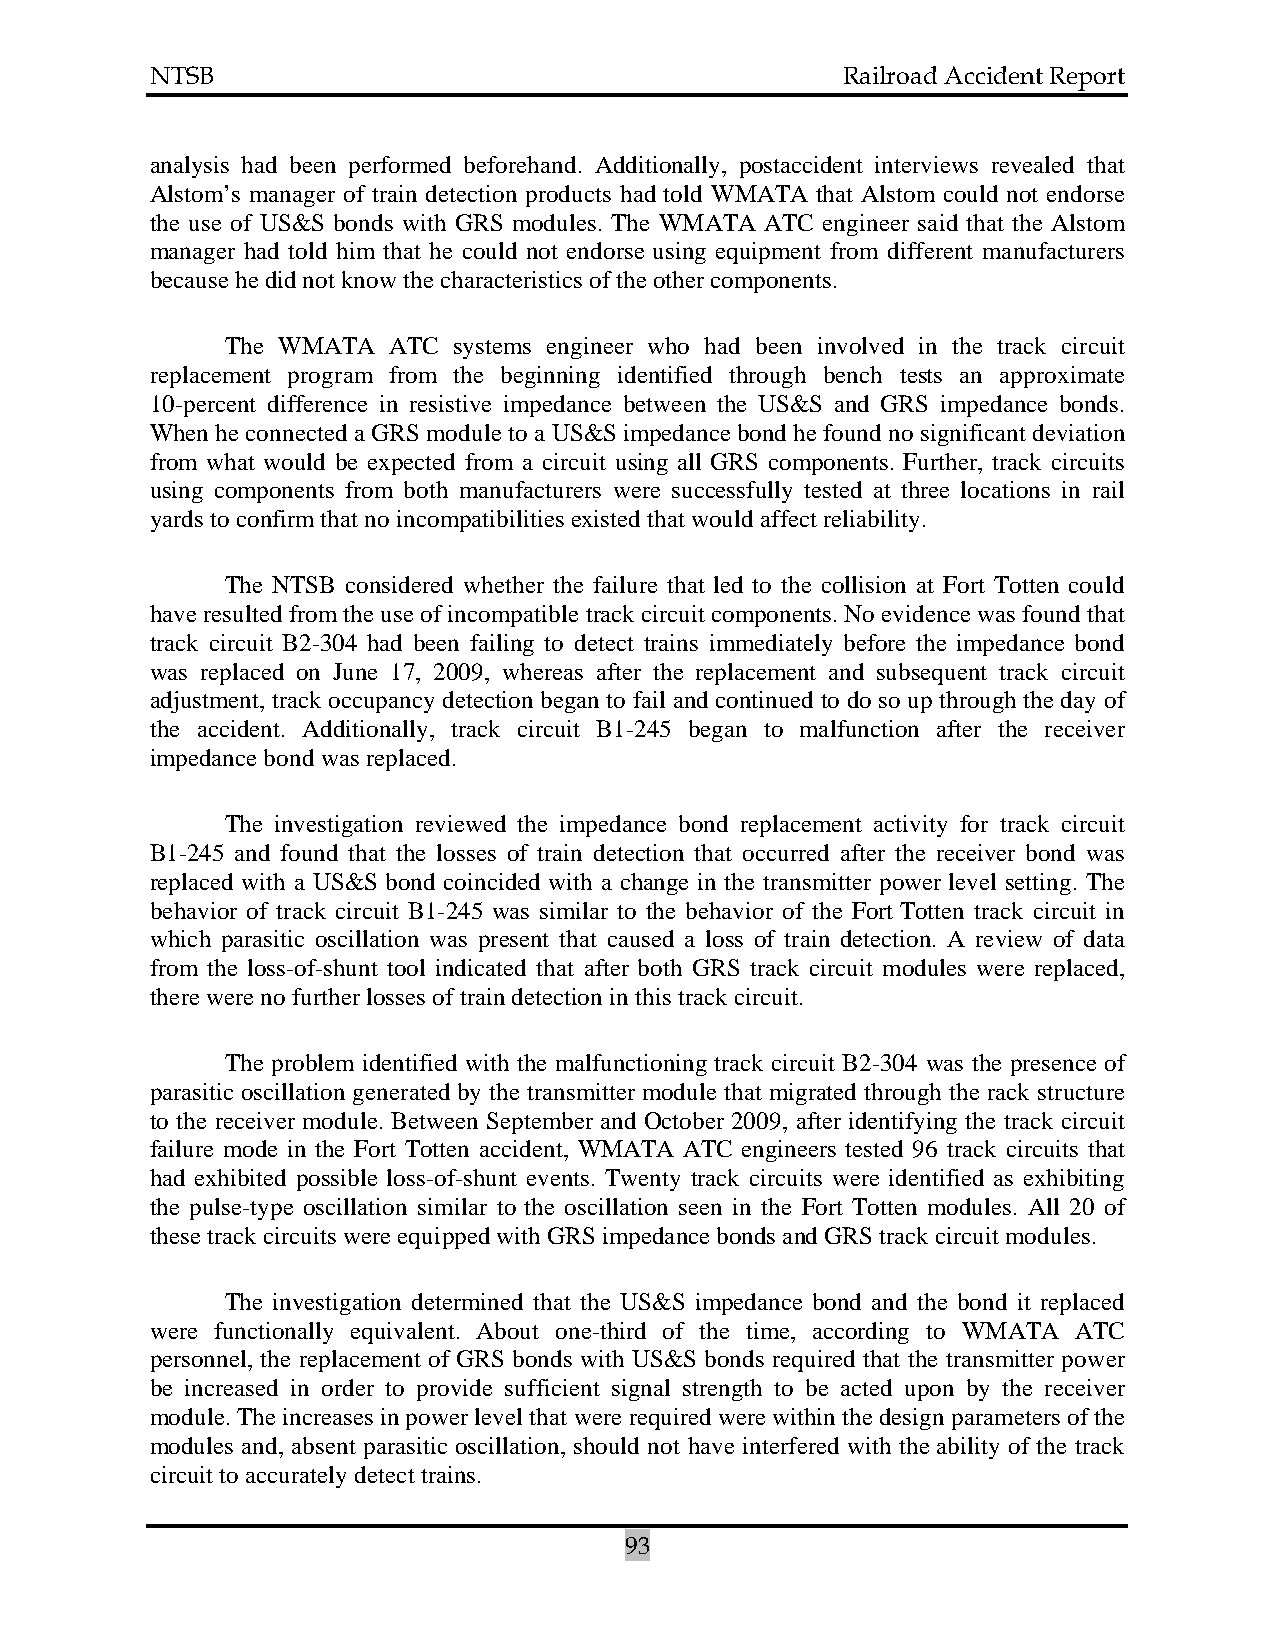
NTSB                                          Railroad Accident Report
 analysis had been performed beforehand. Additionally, postaccident interviews revealed that
 Alstom’s manager of train detection products had told WMATA that Alstom could not endorse
 the use of US&S bonds with GRS modules. The WMATA ATC engineer said that the Alstom
 manager had told him that he could not endorse using equipment from different manufacturers
 because he did not know the characteristics of the other components.
 The WMATA  ATC systems engineer who had been involved in the track circuit
 replacement program from the beginning identified through bench tests an approximate
 10-percent difference in resistive impedance between the US&S and GRS impedance bonds.
 When he connected a GRS module to a US&S impedance bond he found no significant deviation
 from what would be expected from a circuit using all GRS components. Further, track circuits
 using components from both manufacturers were successfully tested at three locations in rail
 yards to confirm that no incompatibilities existed that would affect reliability.
 The NTSB considered whether the failure that led to the collision at Fort Totten could
 have resulted from the use of incompatible track circuit components. No evidence was found that
 track circuit B2-304 had been failing to detect trains immediately before the impedance bond
 was replaced on June 17, 2009, whereas after the replacement and subsequent track circuit
 adjustment, track occupancy detection began to fail and continued to do so up through the day of
 the accident. Additionally, track circuit B1-245 began to malfunction after the receiver
 impedance bond was replaced.
 The investigation reviewed the impedance bond replacement activity for track circuit
 B1-245 and found that the losses of train detection that occurred after the receiver bond was
 replaced with a US&S bond coincided with a change in the transmitter power level setting. The
 behavior of track circuit B1-245 was similar to the behavior of the Fort Totten track circuit in
 which parasitic oscillation was present that caused a loss of train detection. A review of data
 from the loss-of-shunt tool indicated that after both GRS track circuit modules were replaced,
 there were no further losses of train detection in this track circuit.
 The problem identified with the malfunctioning track circuit B2-304 was the presence of
 parasitic oscillation generated by the transmitter module that migrated through the rack structure
 to the receiver module. Between September and October 2009, after identifying the track circuit
 failure mode in the Fort Totten accident, WMATA ATC engineers tested 96 track circuits that
 had exhibited possible loss-of-shunt events. Twenty track circuits were identified as exhibiting
 the pulse-type oscillation similar to the oscillation seen in the Fort Totten modules. All 20 of
 these track circuits were equipped with GRS impedance bonds and GRS track circuit modules.
 The investigation determined that the US&S impedance bond and the bond it replaced
 were functionally equivalent. About one-third of the time, according to WMATA ATC
 personnel, the replacement of GRS bonds with US&S bonds required that the transmitter power
 be increased in order to provide sufficient signal strength to be acted upon by the receiver
 module. The increases in power level that were required were within the design parameters of the
 modules and, absent parasitic oscillation, should not have interfered with the ability of the track
 circuit to accurately detect trains.
 93